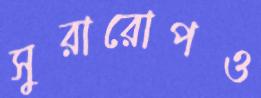
সুরারোপও